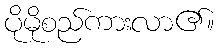
ပိုမိုစည်ကားလာ၏။